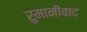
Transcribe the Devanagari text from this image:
रुमानीवाद